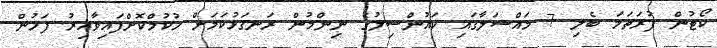
ކޯޓުން ފުރަތަމަ ބެލި 7 މައްސަލާގައި ކައުންސިލުގެ ނިންމުން ރަނގަޅުކަމަށް ހުކުމްކޮށްފައިވާއިރު ފަހުން